Annual vaccination report of Bihar and Orissa - 1911-1928
Year: 1911
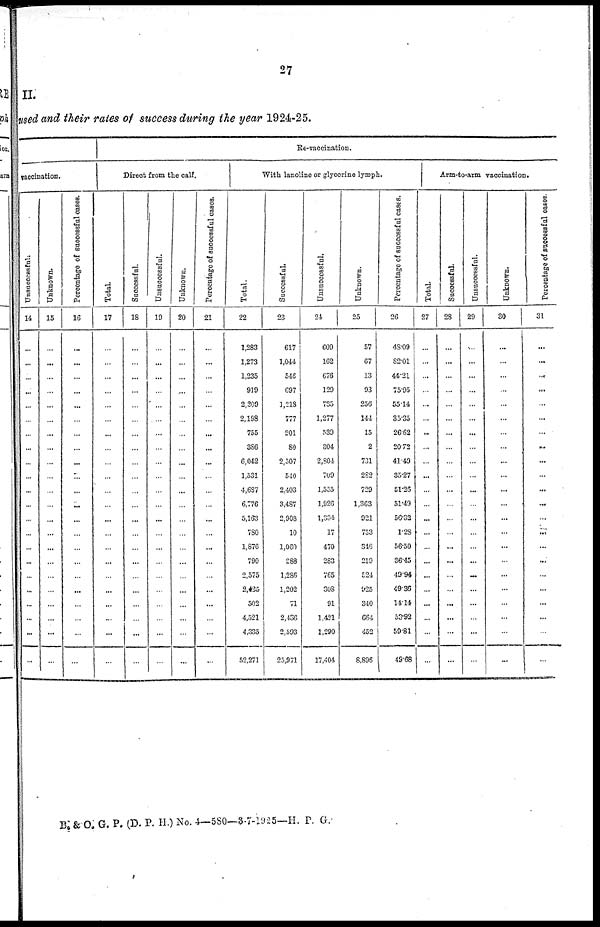
27
II.
used and their rates of success during the year 1924-25.
vaccination.
Unsuccessful.
14
...
...
...
...
...
...
...
...
...
...
...
...
...
...
...
...
...
...
...
...
...
...
Unknown.
15
...
...
...
...
...
...
...
...
...
...
...
...
...
...
...
...
...
...
...
...
...
...
Percentage of successful cases.
16
...
...
...
...
...
...
...
...
...
...
...
...
...
...
...
...
...
...
...
...
...
...
Re-vaccination.
Direct from the calf.
Total.
17
...
...
...
...
...
...
...
...
...
...
...
...
...
...
...
...
...
...
...
...
...
...
Successful.
18
...
...
...
...
...
...
...
...
...
...
...
...
...
...
...
...
...
...
...
...
...
...
Unsuccessful.
19
...
...
...
...
...
...
...
...
...
...
...
...
...
...
...
...
...
...
...
...
...
...
Unknown.
20
...
...
...
...
...
...
...
...
...
...
...
...
...
...
...
...
...
...
...
...
...
...
Percentago of successful cases.
21
...
...
...
...
...
...
...
...
...
...
...
...
...
...
...
...
...
...
...
...
...
...
With lanoline or glycerine lymph.
Total.
22
1,283
1,273
1,235
919
2,269
2,198
755
386
6,042
1,531
4,687
6,776
5,163
780
1,876
790
2,575
2,435
502
4,521
4,335
52,271
Successful.
23
617
1,044
546
697
1,218
777
201
80
2,507
540
2,403
3,487
2,908
10
1,060
288
1,286
1,202
71
2,436
2,593
25,971
Unsuccessful.
24
609
162
676
129
735
1,277
539
304
2,804
709
1,555
1,926
1,334
17
470
283
765
308
91
1,421
1,290
17,404
Unknown.
25
57
67
13
93
256
144
15
2
731
282
729
1,363
921
753
346
219
524
925
340
664
452
8,896
Percentage of successful cases.
26
48.09
82.01
44.21
75.95
55.14
35.35
26.62
20.72
41.49
35.27
51.26
51.49
56.32
1.28
56.50
36.45
49.94
49.36
14.14
53.92
59.81
49.68
Arm-to-arm vaccination.
Total.
27
...
...
...
...
...
...
...
...
...
...
...
...
...
...
...
...
...
...
...
...
...
...
Successful.
28
...
...
...
...
...
...
...
...
...
...
...
...
...
...
...
...
...
...
...
...
...
...
Unsuccessful.
29
...
...
...
...
...
...
...
...
...
...
...
...
...
...
...
...
...
...
...
...
...
...
Unknown.
30
...
...
...
...
...
...
...
...
...
...
...
...
...
...
...
...
...
...
...
...
...
...
Percentage of successful cases.
31
...
...
...
...
...
...
...
...
...
...
...
...
...
...
...
...
...
...
...
...
...
...
B. & O. G. P. (D. P. H.) No. 4—580—3-7-1925—H. P. G.